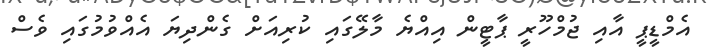
އެމްޑީޕީ އާއި ޖުމްހޫރީ ޕާޓީން އިއްޔެ މާލޭގައި ކުރިއަށް ގެންދިޔަ އެއްވުމުގައި ވެސް